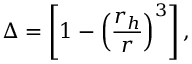
\Delta = \left[ 1 - \left( { \frac { r _ { h } } { r } } \right) ^ { 3 } \right] ,